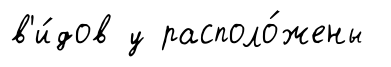
в'и́дов у располо́жены